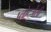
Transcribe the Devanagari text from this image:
प्लोटजेंसी